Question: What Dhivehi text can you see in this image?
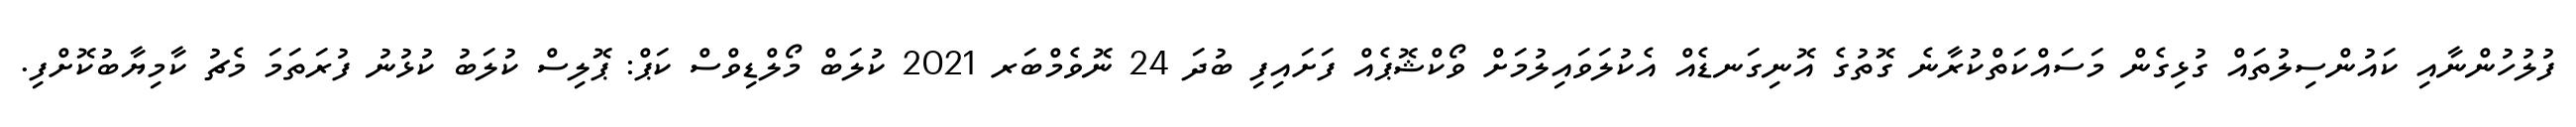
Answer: ފުލުހުންނާއި ކައުންސިލުތައް ގުޅިގެން މަސައްކަތްކުރާނެ ގޮތުގެ އޮނިގަނޑެއް އެކުލަވައިލުމަށް ވޯކްޝޮޕެއް ފަށައިފި ބުދަ 24 ނޮވެމްބަރ 2021 ކުލަބް މޯލްޑިވްސް ކަޕް: ޕޮލިސް ކުލަބު ކުޅުނު ފުރަތަމަ މެޗު ކާމިޔާބުކޮށްފި.